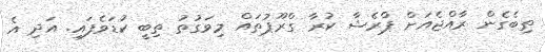
ތިބެގެން ރާއްޖެއަށް ޕްރެޝާ ކުރާ ގްރޫޕުތައް މިވަގުތު ތިބީ ކުޑަވެފައި. އަދި އެ